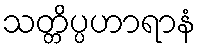
သတ္တိပ္ပဟာရာနံ